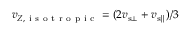
v _ { Z , \mathrm { ~ i ~ s ~ o ~ t ~ r ~ o ~ p ~ i ~ c ~ } } = ( 2 v _ { { \mathrm { s } } \bot } + v _ { { \mathrm { s } } \parallel } ) / 3